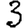
Digit: 3